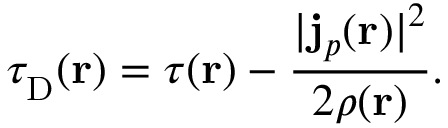
\tau _ { \mathrm { D } } ^ { } ( \mathbf { r } ) = \tau ( \mathbf { r } ) - \frac { | \mathbf { j } _ { p } ^ { } ( \mathbf { r } ) | ^ { 2 } } { 2 \rho ( \mathbf { r } ) } .